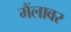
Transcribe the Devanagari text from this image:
मैंलावर